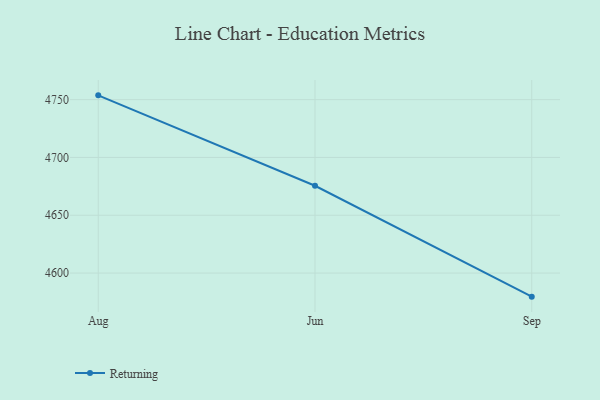
{"axis": {"x": "Month", "y": "Production Output"}, "legend": ["Returning"], "data": [{"x": "Aug", "y": 4753.7, "type": "Returning"}, {"x": "Jun", "y": 4675.5, "type": "Returning"}, {"x": "Sep", "y": 4579.6, "type": "Returning"}]}